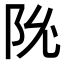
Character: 𬮽